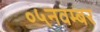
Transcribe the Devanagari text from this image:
०५नवम्बर